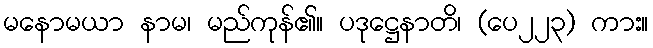
မနောမယာ နာမ၊ မည်ကုန်၏။ ပဒုဋ္ဌေနာတိ၊ (ပေ၂၂၃) ကား။